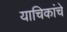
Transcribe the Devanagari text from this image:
याचिकांचे